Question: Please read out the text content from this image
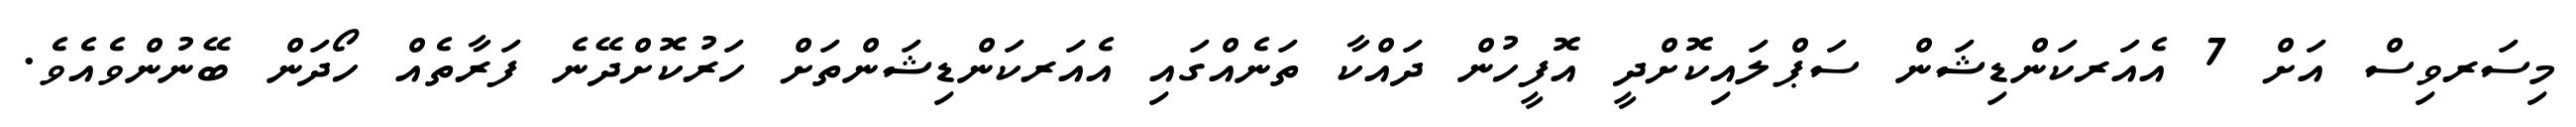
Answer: މިސަރވިސް އަށް 7 އެއަރކަންޑިޝަން ސަޕްލައިކޮށްދީ އޮފީހުން ދައްކާ ތަނެއްގައި އެއަރކަންޑިޝަންތަށް ހަރުކޮށްދޭނެ ފަރާތެއް ހޯދަން ބޭނުންވެއެވެ.